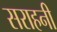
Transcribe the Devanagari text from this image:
सराहनी